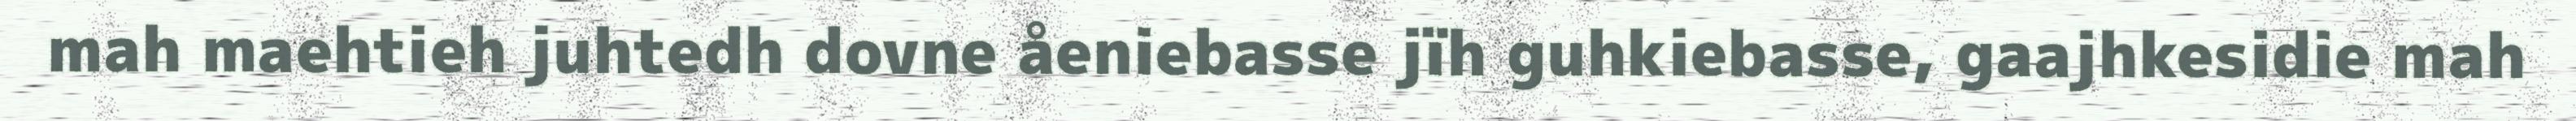
mah maehtieh juhtedh dovne åeniebasse jïh guhkiebasse, gaajhkesidie mah